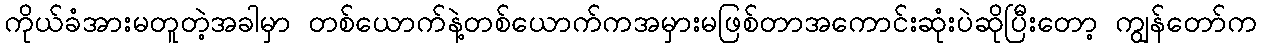
ကိုယ်ခံအားမတူတဲ့အခါမှာ တစ်ယောက်နဲ့တစ်ယောက်ကအမှားမဖြစ်တာအကောင်းဆုံးပဲဆိုပြီးတော့ ကျွန်တော်က